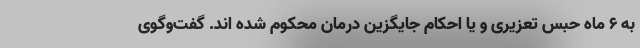
به ۶ ماه حبس تعزیری و یا احکام جایگزین درمان محکوم شده اند. گفت‌وگوی